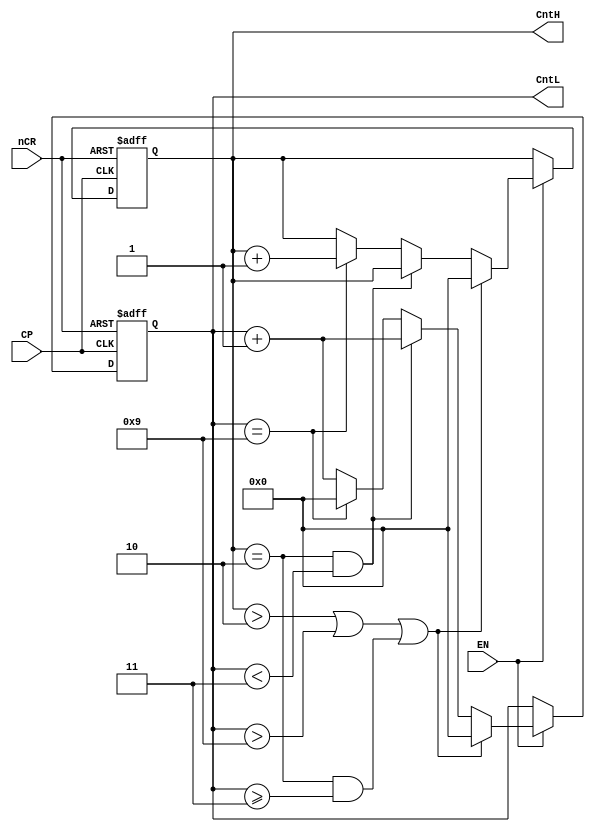
/**
 * Content: 24 bit counter
 */

`timescale 1ns / 1ps


module counter_24(CntH, CntL, nCR, EN, CP);
    input nCR, EN, CP;
	output reg [3:0] CntH, CntL;
    always @ (posedge CP or negedge nCR) begin
		if (~nCR)
			{CntH, CntL} <= 8'h00;
		else if (~EN)
		    {CntH, CntL} <= {CntH, CntL};
		else if ((CntH>2)||(CntL > 9)||((CntH==2)&&(CntL >=3)))
            {CntH, CntL}  <= 8'h00;
		else if (CntH == 2 && CntL < 3) begin
            CntH <= CntH;
        	CntL <= CntL + 1'b1;
		end
		else if (CntL == 9) begin
			CntH <= CntH + 1'b1;
            CntL <= 4'b0000;
		end
		else begin
			CntH <= CntH;
            CntL <= CntL + 1;
		end
	end

endmodule //counter_24